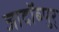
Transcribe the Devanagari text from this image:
जादॉब्पुर्